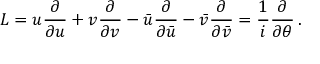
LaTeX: L = u { \frac { \partial } { \partial u } } + v { \frac { \partial } { \partial v } } - \bar { u } { \frac { \partial } { \partial \bar { u } } } - \bar { v } { \frac { \partial } { \partial \bar { v } } } = { \frac { 1 } { i } } { \frac { \partial } { \partial \theta } } \, .